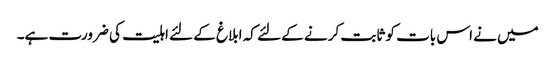
میں نے اس بات کو ثابت کرنے کے لئے کہ ابلاغ کے لئے اہلیت کی ضرورت ہے۔